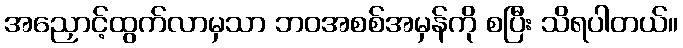
အညှောင့်ထွက်လာမှသာ ဘဝအစစ်အမှန်ကို စပြီး သိရပါတယ်။